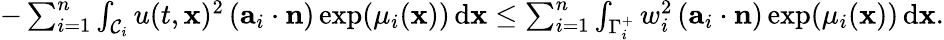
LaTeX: \begin{array}{r}{-\sum_{i=1}^{n}\int_{\mathcal{C}_{i}}u(t,\mathbf{x})^{2}\left(\mathbf{a}_{i}\cdot\mathbf{n}\right)\exp(\mu_{i}(\mathbf{x}))\, \textup{d}\mathbf{x}\leq\sum_{i=1}^{n}\int_{\Gamma_{i}^{+}}w_{i}^{2}\left(\mathbf{a}_{i}\cdot\mathbf{n}\right)\exp(\mu_{i}(\mathbf{x}))\, \textup{d}\mathbf{x}.}\end{array}